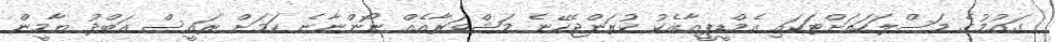
ގައުމުގެ މަސްލަހަތަށްޓަކައި އެމްޑީޕީއާއެކު ކުރަންޖެހޭނެ މަޝްވަރާއެއް ނޯންނާނެ ކަމަށް ރައީސް އަބްދު ޔާމީން